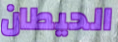
الحيطان